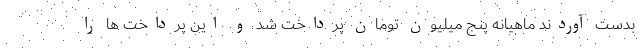
بدست آوردند ماهیانه پنج میلیون تومان پرداخت شد و این پرداخت ها را